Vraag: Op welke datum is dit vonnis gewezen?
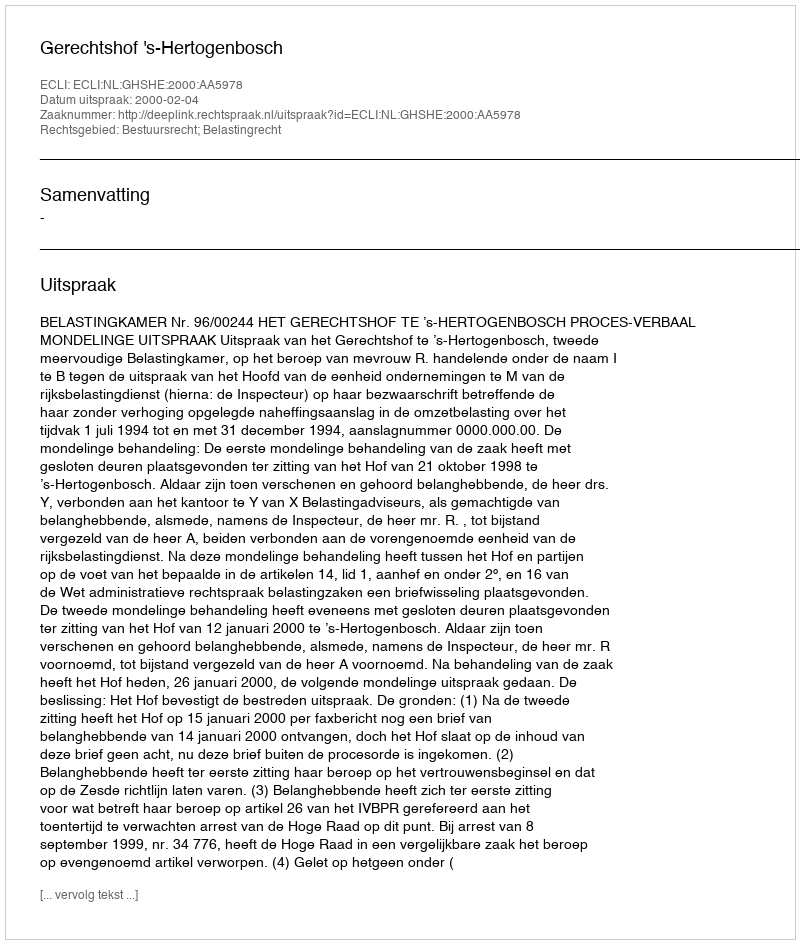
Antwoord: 2000-02-04